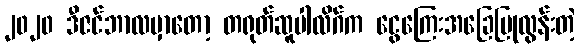
၂၀၂၀ ဒီဇင်ဘာလမှာတော့ တရုတ်ဆူပါလိဂ်က ငွေကြေးအခြေပြုလွန်းတဲ့